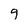
Character: 9